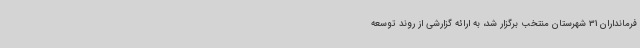
فرمانداران 31 شهرستان منتخب برگزار شد، به ارائه گزارشی از روند توسعه